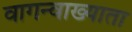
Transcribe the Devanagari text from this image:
वागन्वाख्याता